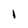
Character: I